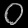
Digit: ၀